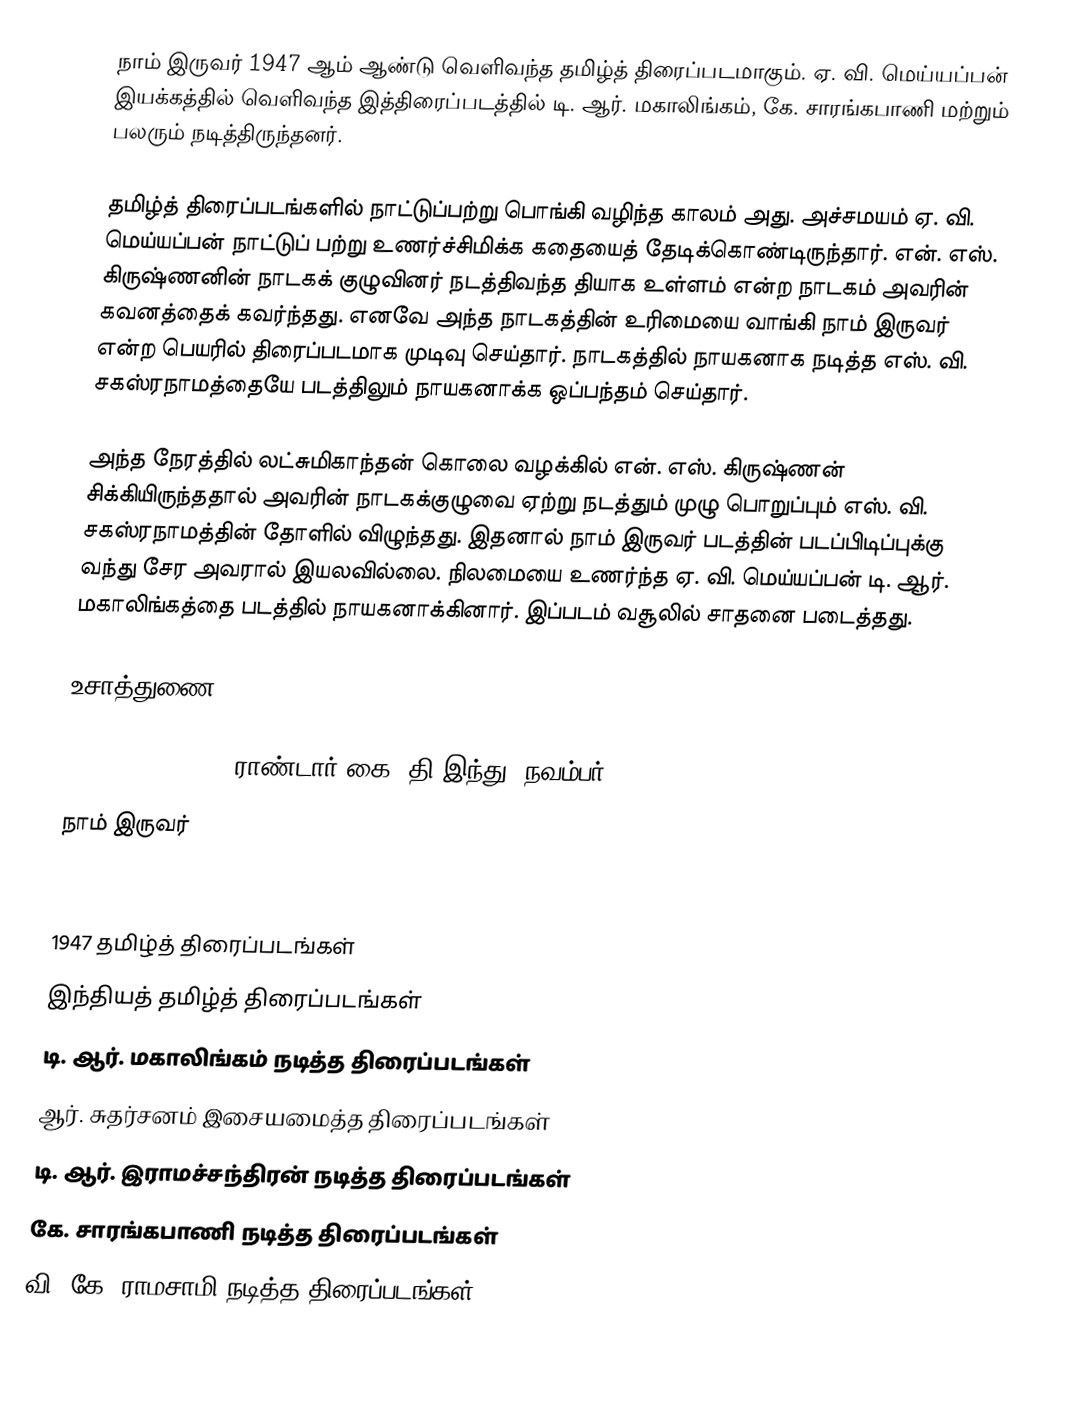
நாம் இருவர் 1947 ஆம் ஆண்டு வெளிவந்த தமிழ்த் திரைப்படமாகும். ஏ. வி. மெய்யப்பன் இயக்கத்தில் வெளிவந்த இத்திரைப்படத்தில் டி. ஆர். மகாலிங்கம், கே. சாரங்கபாணி மற்றும் பலரும் நடித்திருந்தனர்.

தமிழ்த் திரைப்படங்களில் நாட்டுப்பற்று பொங்கி வழிந்த காலம் அது. அச்சமயம் ஏ. வி. மெய்யப்பன் நாட்டுப் பற்று உணர்ச்சிமிக்க கதையைத் தேடிக்கொண்டிருந்தார். என். எஸ். கிருஷ்ணனின் நாடகக் குழுவினர் நடத்திவந்த தியாக உள்ளம் என்ற நாடகம் அவரின் கவனத்தைக் கவர்ந்தது. எனவே அந்த நாடகத்தின் உரிமையை வாங்கி நாம் இருவர் என்ற பெயரில் திரைப்படமாக முடிவு செய்தார். நாடகத்தில் நாயகனாக நடித்த எஸ். வி. சகஸ்ரநாமத்தையே படத்திலும் நாயகனாக்க ஒப்பந்தம் செய்தார்.

அந்த நேரத்தில் லட்சுமிகாந்தன் கொலை வழக்கில் என். எஸ். கிருஷ்ணன் சிக்கியிருந்ததால் அவரின் நாடகக்குழுவை  ஏற்று நடத்தும் முழு பொறுப்பும் எஸ். வி. சகஸ்ரநாமத்தின் தோளில் விழுந்தது. இதனால்  நாம் இருவர் படத்தின் படப்பிடிப்புக்கு வந்து சேர அவரால் இயலவில்லை. நிலமையை உணர்ந்த ஏ. வி. மெய்யப்பன் டி. ஆர். மகாலிங்கத்தை படத்தில் நாயகனாக்கினார். இப்படம் வசூலில் சாதனை படைத்தது.

உசாத்துணை

 Naam Iruvar 1947, ராண்டார் கை, தி இந்து, நவம்பர் 30, 2007
 நாம் இருவர்

 

1947 தமிழ்த் திரைப்படங்கள்
இந்தியத் தமிழ்த் திரைப்படங்கள்
டி. ஆர். மகாலிங்கம் நடித்த திரைப்படங்கள்
ஆர். சுதர்சனம் இசையமைத்த திரைப்படங்கள்
டி. ஆர். இராமச்சந்திரன் நடித்த திரைப்படங்கள்
கே. சாரங்கபாணி நடித்த திரைப்படங்கள்
வி. கே. ராமசாமி நடித்த திரைப்படங்கள்